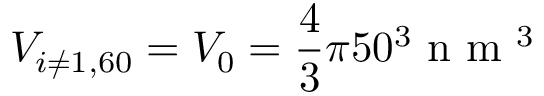
V _ { i \neq 1 , 6 0 } = V _ { 0 } = \frac { 4 } { 3 } \pi 5 0 ^ { 3 } \mathrm { ~ n ~ m ~ } ^ { 3 }